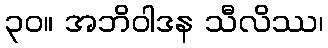
၃၀။ အဘိဝါဒန သီလိဿ၊